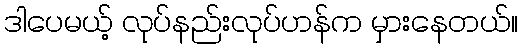
ဒါပေမယ့် လုပ်နည်းလုပ်ဟန်က မှားနေတယ်။